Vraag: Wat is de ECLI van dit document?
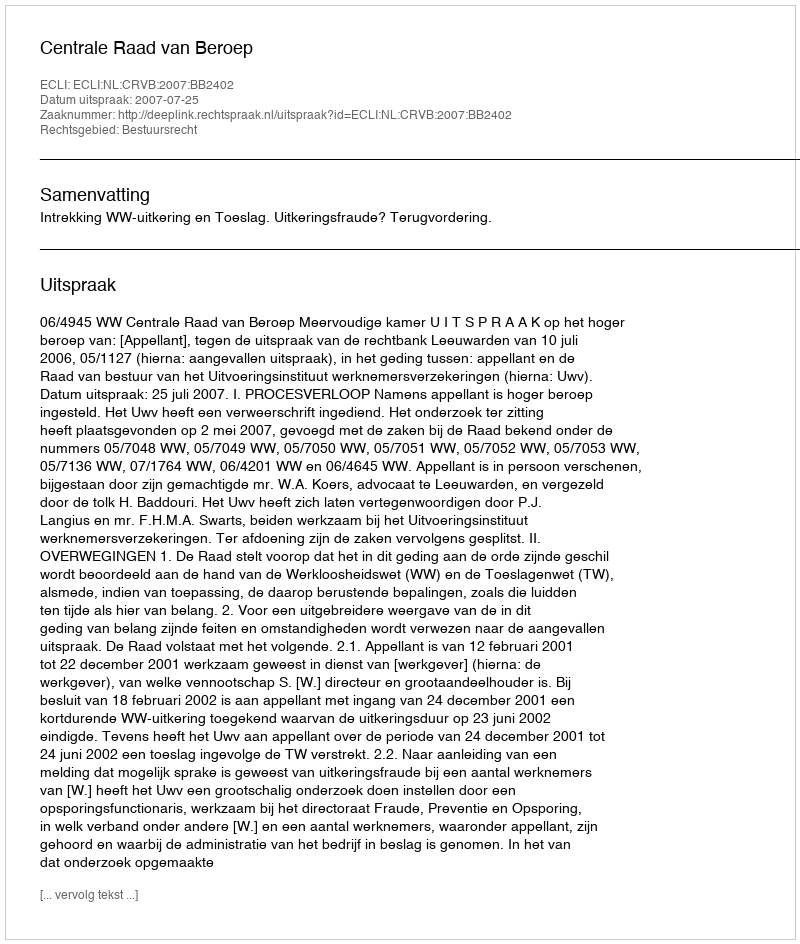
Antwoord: ECLI:NL:CRVB:2007:BB2402